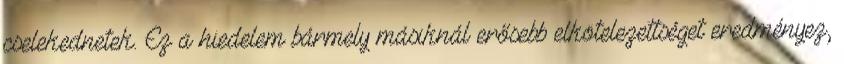
cselekednetek. Ez a hiedelem bármely másiknál erősebb elkötelezettséget eredményez,